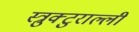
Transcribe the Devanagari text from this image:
स्त्रुक्टुराल्ली